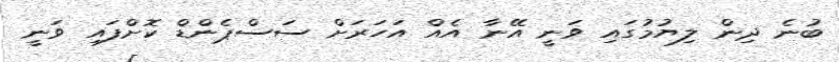
ބުނެ ދިން ލިޔުމުގައި ވަނީ އޭނާ އެއް އަހަރަށް ސަސްޕެންޑް ކޮށްފައި ވަނީ